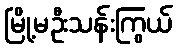
မြို့မဦးသန်းကြွယ်